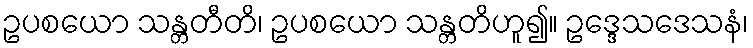
ဥပစယော သန္တတီတိ၊ ဥပစယော သန္တတိဟူ၍။ ဥဒ္ဒေသဒေသနံ၊